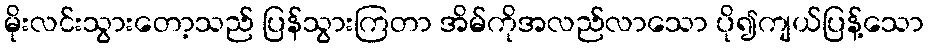
မိုးလင်းသွားတော့သည် ပြန်သွားကြတာ အိမ်ကိုအလည်လာသော ပို၍ကျယ်ပြန့်သော